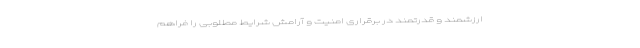
ارزشمند و قدرتمند در برقراری امنیت و آرامش شرایط مطلوبی را فراهم